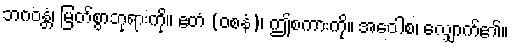
ဘဂဝန္တံ၊ မြတ်စွာဘုရားကို။ ဧတံ (ဝစနံ)၊ ဤစကားကို။ အဝေါစ၊ လျှောက်၏။